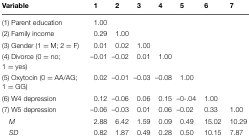
<table><thead><tr><td><b>Variable</b></td><td><b>1</b></td><td><b>2</b></td><td><b>3</b></td><td><b>4</b></td><td><b>5</b></td><td><b>6</b></td><td><b>7</b></td></tr></thead><tbody><tr><td>(1) Parent education</td><td>1.00</td><td></td><td></td><td></td><td></td><td></td><td></td></tr><tr><td>(2) Family income</td><td>0.29</td><td>1.00</td><td></td><td></td><td></td><td></td><td></td></tr><tr><td>(3) Gender (1 = M; 2 = F)</td><td>0.01</td><td>0.02</td><td>1.00</td><td></td><td></td><td></td><td></td></tr><tr><td>(4) Divorce (0 = no; 1 = yes)</td><td>–0.01</td><td>–0.02</td><td>0.01</td><td>1.00</td><td></td><td></td><td></td></tr><tr><td>(5) Oxytocin (0 = AA/AG; 1 = GG)</td><td>0.02</td><td>–0.01</td><td>–0.03</td><td>–0.08</td><td>1.00</td><td></td><td></td></tr><tr><td>(6) W4 depression</td><td>0.12</td><td>–0.06</td><td>0.06</td><td>0.15</td><td>–0-.04</td><td>1.00</td><td></td></tr><tr><td>(7) W5 depression</td><td>–0.06</td><td>–0.03</td><td>0.01</td><td>0.06</td><td>–0.02</td><td>0.33</td><td>1.00</td></tr><tr><td><i>M</i></td><td>2.88</td><td>6.42</td><td>1.59</td><td>0.09</td><td>0.49</td><td>15.02</td><td>10.29</td></tr><tr><td><i>SD</i></td><td>0.82</td><td>1.87</td><td>0.49</td><td>0.28</td><td>0.50</td><td>10.15</td><td>7.87</td></tr></tbody></table>